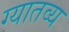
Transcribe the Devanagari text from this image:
ग्यातव्य